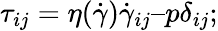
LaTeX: \tau_{ij}=\eta(\dot{\gamma})\dot{\gamma}_{ij}–p\delta_{ij};